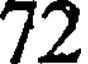
72